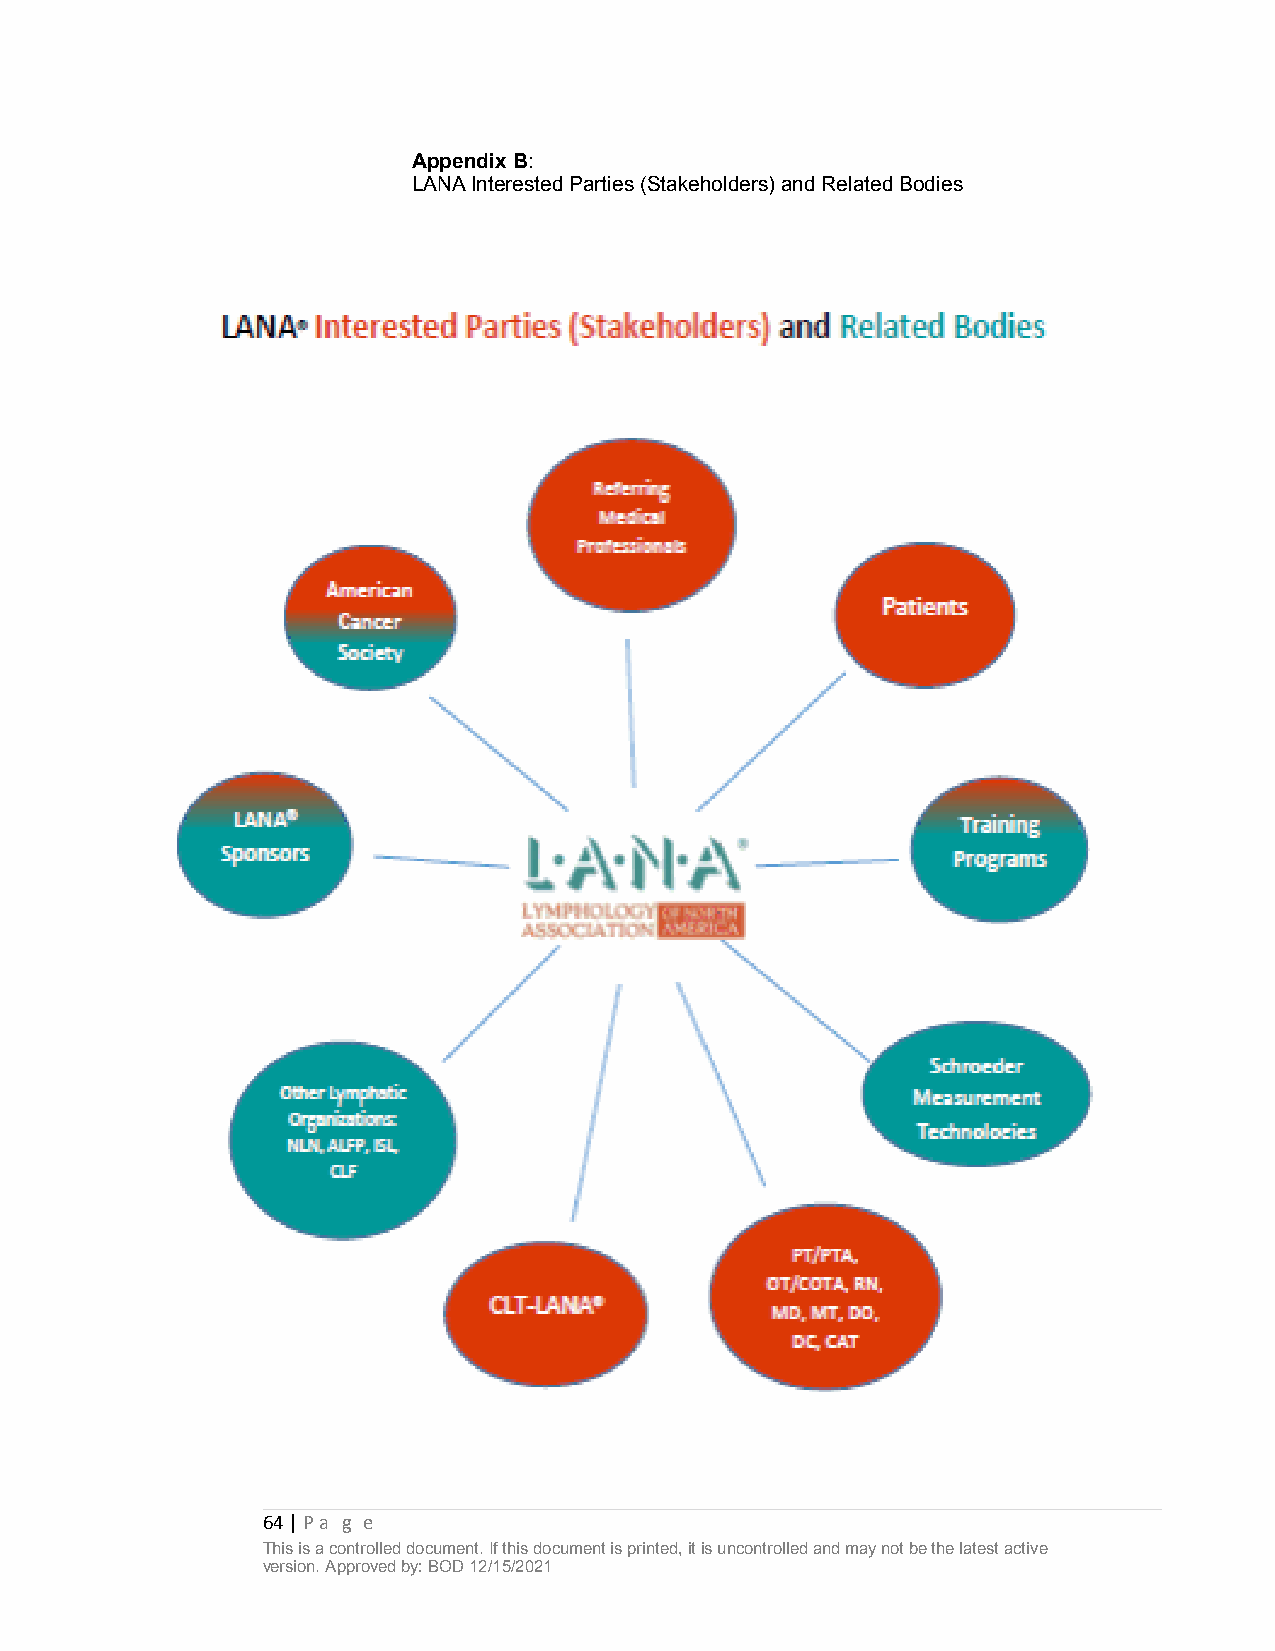
Appendix B:
 LANA Interested Parties (Stakeholders) and Related Bodies
 64 | Pa g e
 This is a controlled document. If this document is printed, it is uncontrolled and may not be the latest active
 version. Approved by: BOD 12/15/2021